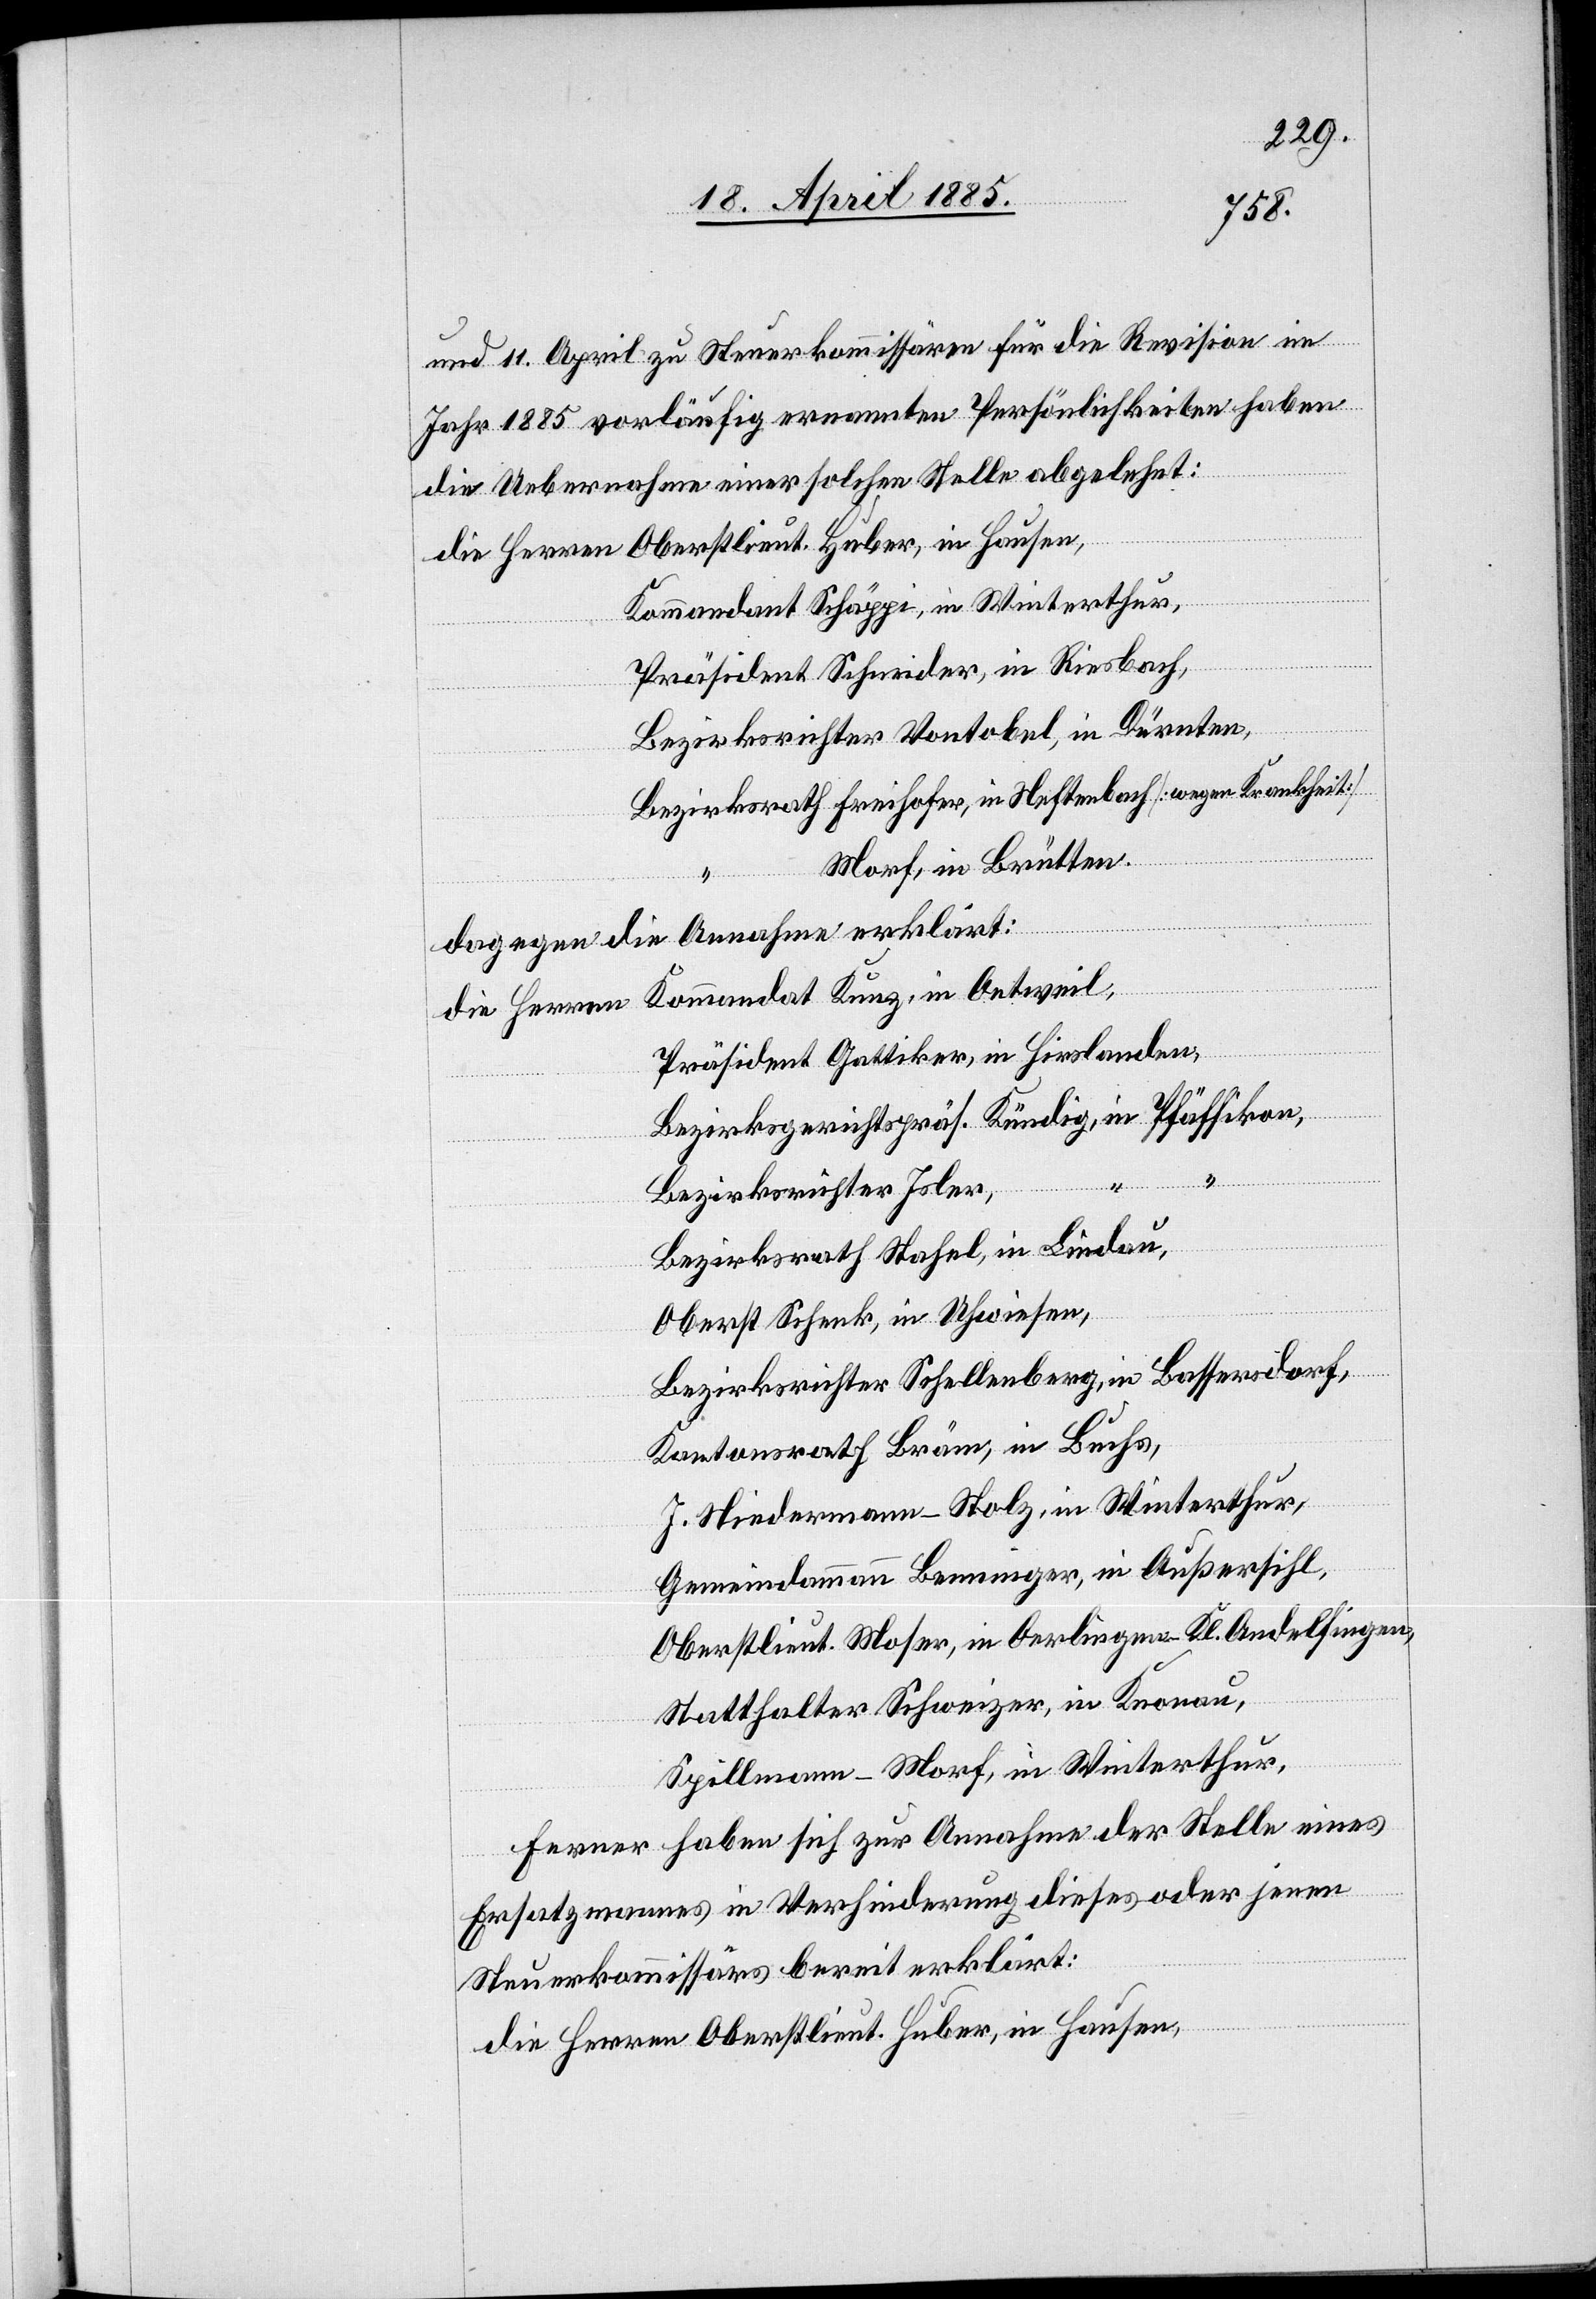
und 11. April zu Steuerkommissären für die Revision im
Jahr 1885 vorläufig ernannten Persönlichkeiten haben
die Uebernahme einer solchen Stelle abgelehnt:
eit]
Kommandant Schäppi, in Winterthur,
Hausen,
Präsident Schneider, in Riesbach,
Bezirksrichter Vontobel, in Dürnten,
Morf, in Brütten.
Huber,
Dagegen die Annahme erklärt:
Kommandant Kunz, in Oetweil,
die Herren
Präsident Gattiker, in Hirslanden,
Bezirksrichter Isler,
Bezirksrath Stahel, in Lindau,
Oberst Schenk, in Uhwiesen,
Bezirksrichter Schellenberg, in Bassersdorf,
Kantonsrath Bräm, in Buchs,
J. Niedermann-Stolz, in Winterthur,
Gemeindammann Benninger, in Außersihl,
Oberstlieut. Moser, in Oerlingen - Kl. Andelfingen,
Statthalter Schweizer, in Knonau,
Spillmann-Morf, in Winterthur,
ferner haben sich zur Annahme der Stelle eines
Ersatzmannes in Verhinderung dieses oder jenen
Steuerkommissärs bereit erklärt: